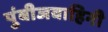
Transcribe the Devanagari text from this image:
पुंबीजवाहिनी